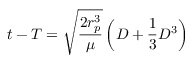
t - T = { \sqrt { \frac { 2 r _ { p } ^ { 3 } } { \mu } } } \left( D + { \frac { 1 } { 3 } } D ^ { 3 } \right)